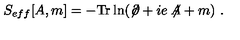
S _ { e f f } [ A , m ] = - \mathrm { T r } \ln ( \not { \! \partial } + i e \not { \! \! A } + m ) \ .